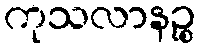
ကုသလာနဉ္စ